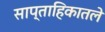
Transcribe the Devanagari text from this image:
साप्ताहिकातले